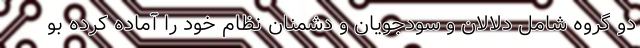
دو گروه شامل دلالان و سودجویان و دشمنان نظام خود را آماده کرده بو